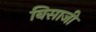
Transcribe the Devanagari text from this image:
बिसाजी